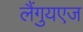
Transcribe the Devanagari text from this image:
लैंगुयएज